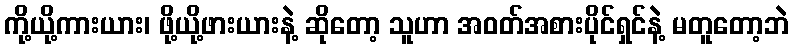
ကို့ယို့ကားယား၊ ဖို့ယို့ဖားယားနဲ့ ဆိုတော့ သူဟာ အဝတ်အစားပိုင်ရှင်နဲ့ မတူတော့ဘဲ